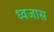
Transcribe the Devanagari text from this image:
ध्वजास